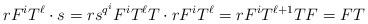
LaTeX: \begin{align*}rF^{i}T^{\ell}\cdot s=rs^{q^{i}}F^{i}T^{\ell}T\cdot rF^{i}T^{\ell}=rF^{i}T^{\ell+1}TF=FT\end{align*}